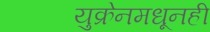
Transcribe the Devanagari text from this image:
युक्रेनमधूनही